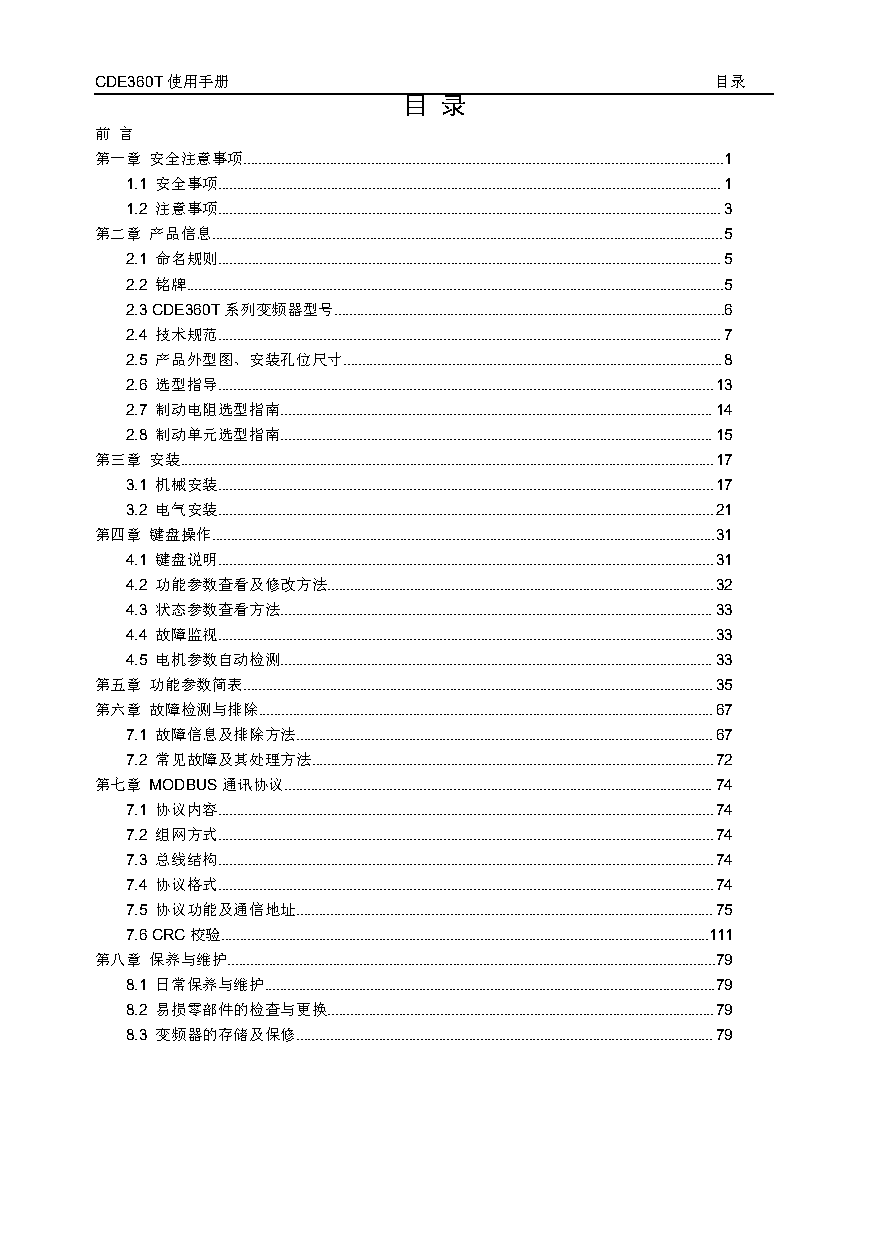
CDE360T使用手册                              目录
 目 录
 前 言
 第一章 安全注意事项................................................................................................................................1
 1.1 安全事项......................................................................................................................................1
 1.2 注意事项......................................................................................................................................3
 第二章 产品信息........................................................................................................................................5
 2.1 命名规则......................................................................................................................................5
 2.2 铭牌...............................................................................................................................................5
 2.3CDE360T系列变频器型号........................................................................................................6
 2.4 技术规范......................................................................................................................................7
 2.5 产品外型图、安装孔位尺寸.....................................................................................................8
 2.6 选型指导....................................................................................................................................13
 2.7 制动电阻选型指南...................................................................................................................14
 2.8 制动单元选型指南...................................................................................................................15
 第三章 安装..............................................................................................................................................17
 3.1 机械安装....................................................................................................................................17
 3.2 电气安装....................................................................................................................................21
 第四章 键盘操作......................................................................................................................................31
 4.1 键盘说明....................................................................................................................................31
 4.2 功能参数查看及修改方法.......................................................................................................32
 4.3 状态参数查看方法...................................................................................................................33
 4.4 故障监视....................................................................................................................................33
 4.5 电机参数自动检测...................................................................................................................33
 第五章 功能参数简表.............................................................................................................................35
 第六章 故障检测与排除.........................................................................................................................67
 7.1 故障信息及排除方法...............................................................................................................67
 7.2 常见故障及其处理方法...........................................................................................................72
 第七章 MODBUS通讯协议..................................................................................................................74
 7.1 协议内容....................................................................................................................................74
 7.2 组网方式....................................................................................................................................74
 7.3 总线结构....................................................................................................................................74
 7.4 协议格式....................................................................................................................................74
 7.5 协议功能及通信地址...............................................................................................................75
 7.6CRC校验..................................................................................................................................111
 第八章 保养与维护..................................................................................................................................79
 8.1 日常保养与维护........................................................................................................................79
 8.2 易损零部件的检查与更换.......................................................................................................79
 8.3 变频器的存储及保修...............................................................................................................79